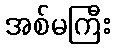
အစ်မကြီး